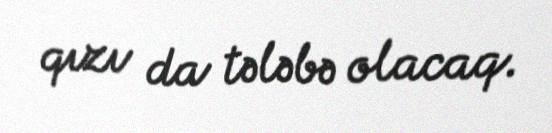
qızı da tələbə olacaq.